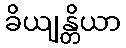
ခိယျန္တိယာ